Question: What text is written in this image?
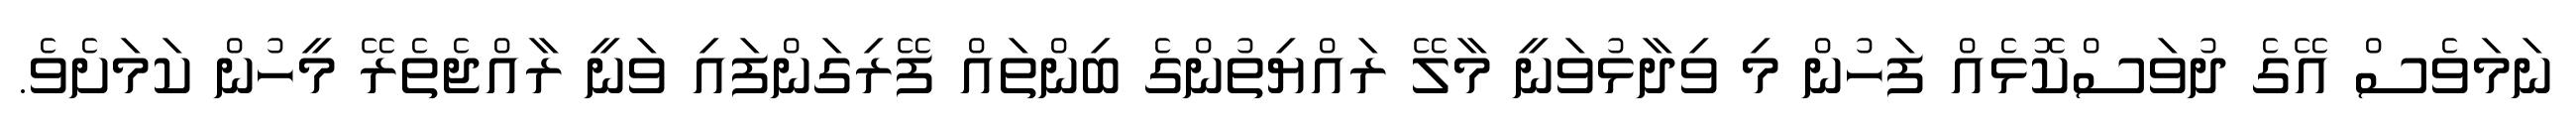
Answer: ނަމަވެސް އޭގެ ދުވަސްކޮޅެއް ފަހުން މި ވިދާޅުވަނީ މާލޭ ރައްޔިތުންގެ ބިންތައް ފޭރިގަންފައި ވަނީ ރާއްޖެތެރޭ މީހުން ކަމަށެވެ.